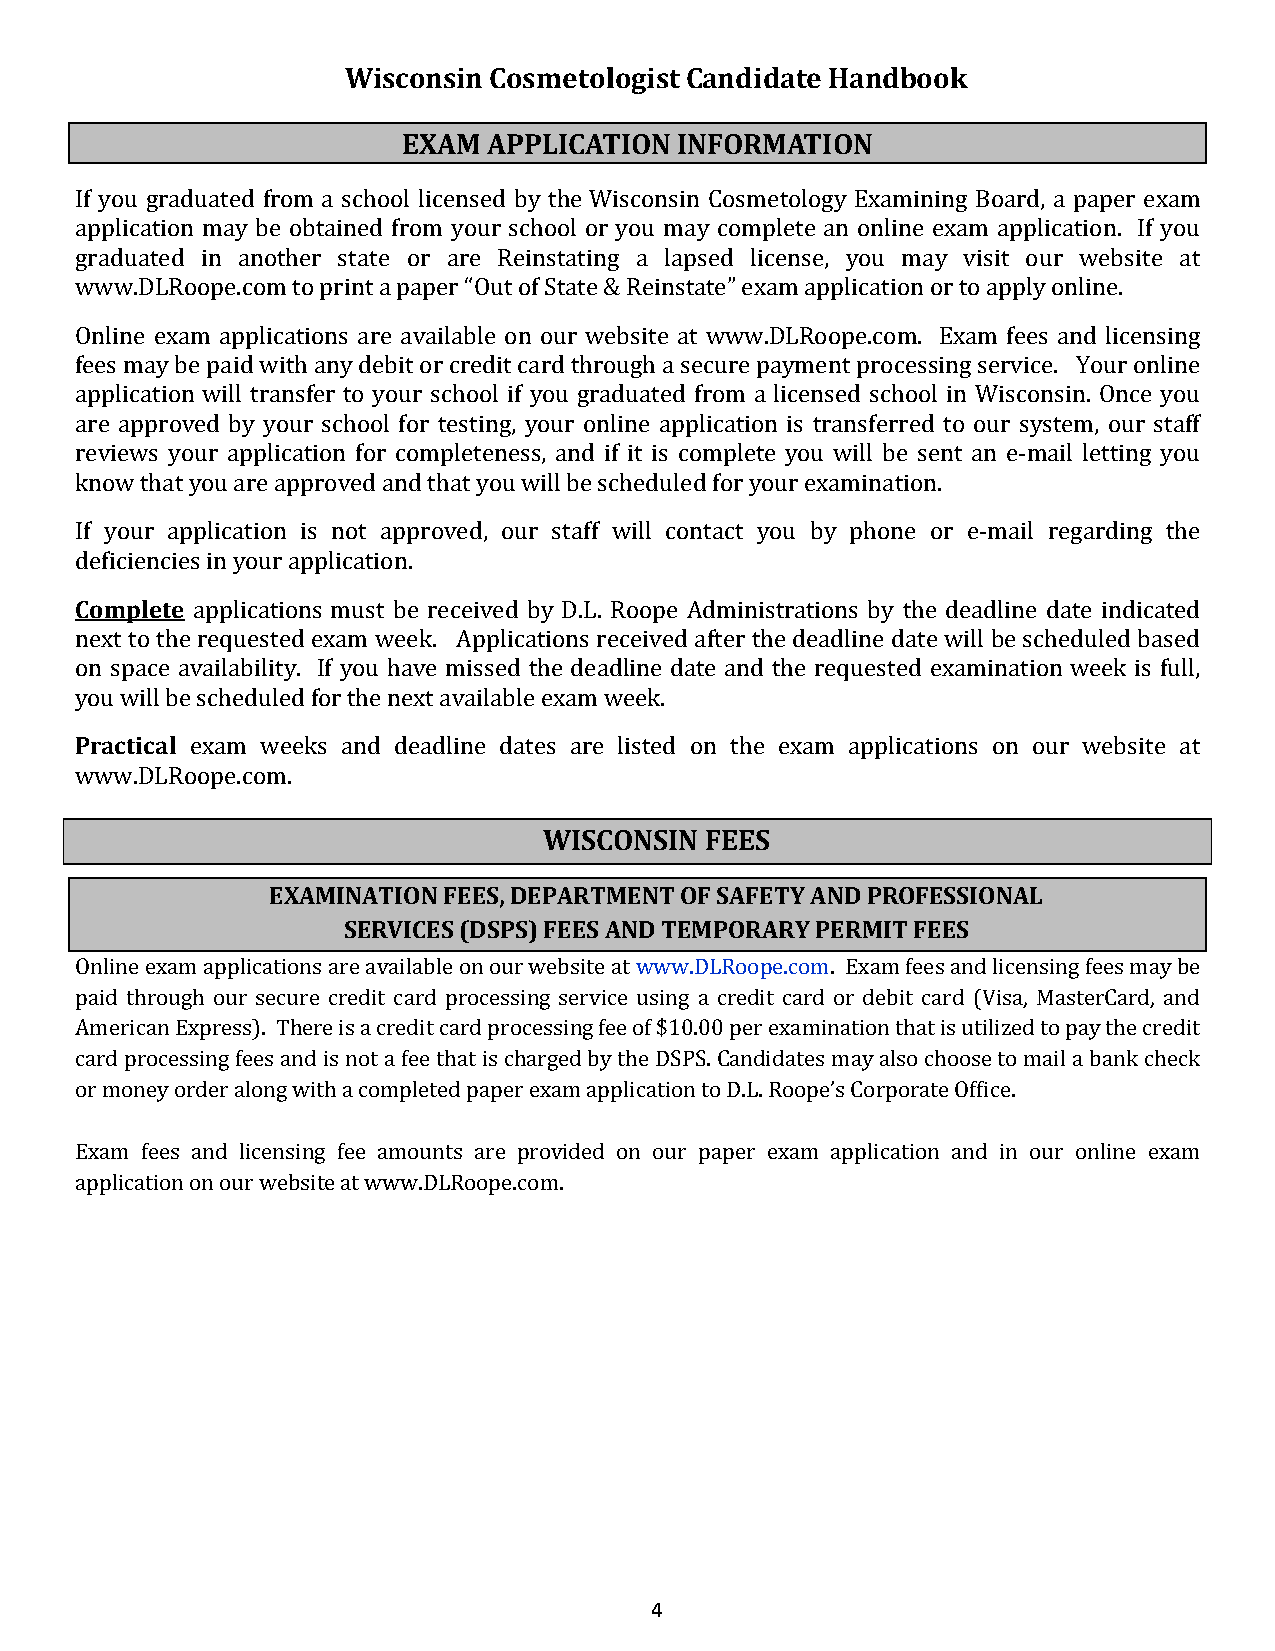
Wisconsin Cosmetologist Candidate Handbook
 EXAM APPLICATION  INFORMATION
 If you graduated from a school licensed by the Wisconsin Cosmetology Examining Board, a paper exam
 application may be obtained from your school or you may complete an online exam application. If you
 graduated in another state or are Reinstating a lapsed license, you may visit our website at
 www.DLRoope.com to print a paper “Out of State & Reinstate” exam application or to apply online.
 Online exam applications are available on our website at www.DLRoope.com. Exam fees and licensing
 fees may be paid with any debit or credit card through a secure payment processing service. Your online
 application will transfer to your school if you graduated from a licensed school in Wisconsin. Once you
 are approved by your school for testing, your online application is transferred to our system, our staff
 reviews your application for completeness, and if it is complete you will be sent an e-mail letting you
 know that you are approved and that you will be scheduled for your examination.
 If your application is not approved, our staff will contact you by phone or e-mail regarding the
 dCeofmicpielnectiees in your application.
 applications must be received by D.L. Roope Administrations by the deadline date indicated
 next to the requested exam week. Applications received after the deadline date will be scheduled based
 on space availability. If you have missed the deadline date and the requested examination week is full,
 yPorua cwtiiclla bl e scheduled for the next available exam week.
 exam weeks and deadline dates are listed on the exam applications on our website at
 www.DLRoope.com.
 WISCONSIN  FEES
 EXAMINATION FEES, DEPARTMENT OF SAFETY AND PROFESSIONAL
 SERVICES (DSPS) FEES AND TEMPORARY PERMIT FEES
 Online exam applications are available on our website at www.DLRoope.com. Exam fees and licensing fees may be
 paid through our secure credit card processing service using a credit card or debit card (Visa, MasterCard, and
 American Express). There is a credit card processing fee of $10.00 per examination that is utilized to pay the credit
 card processing fees and is not a fee that is charged by the DSPS. Candidates may also choose to mail a bank check
 or money order along with a completed paper exam application to D.L. Roope’s Corporate Office.
 Exam fees and licensing fee amounts are provided on our paper exam application and in our online exam
 application on our website at www.DLRoope.com.
 4